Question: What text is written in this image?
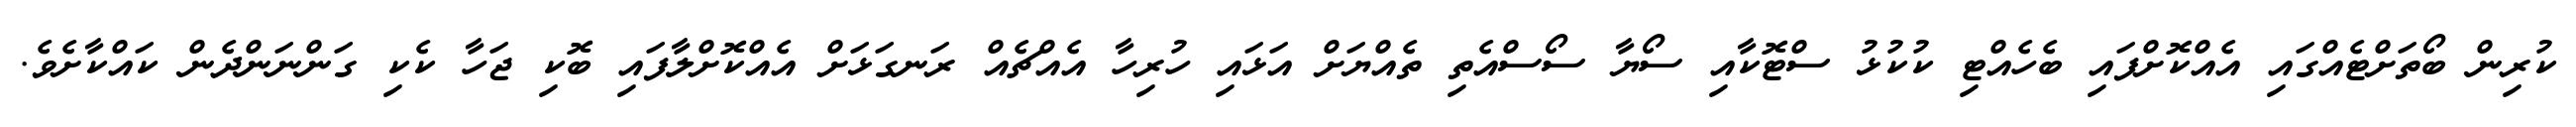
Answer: ކުރިން ބޯތަށްޓެއްގައި އެއްކޮށްފައި ބެހެއްޓި ކުކުޅު ސްޓޮކާއި ސޯޔާ ސޯސްއެތި ތެއްޔަށް އަޅައި ހުރިހާ އެއްޗެއް ރަނގަޅަށް އެއްކޮށްލާފައި ބޮކި ޖަހާ ކެކި ގަންނަންދެން ކައްކާށެވެ.